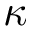
\kappa